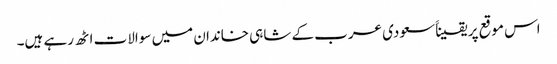
اس موقع پر یقیناََ سعودی عرب کے شاہی خاندان میں سوالات اٹھ رہے ہیں۔